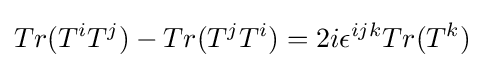
Tr(T^{i}T^{j})-Tr(T^{j}T^{i})=2i\epsilon ^{ijk}Tr(T^{k})